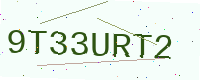
Text: 9T33URT2